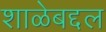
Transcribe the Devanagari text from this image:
शाळेबद्दल